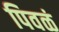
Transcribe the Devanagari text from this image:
पिवळं